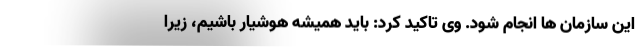
این سازمان ها انجام شود. وی تاکید کرد: باید همیشه هوشیار باشیم، زیرا